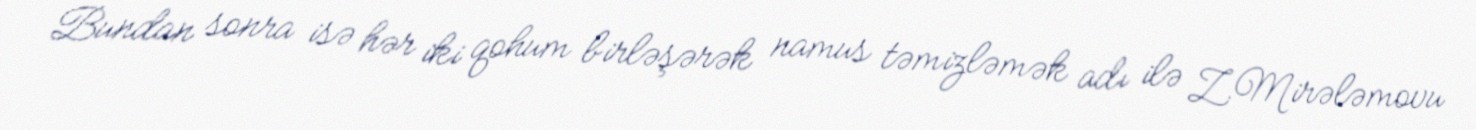
Bundan sonra isə hər iki qohum birləşərək namus təmizləmək adı ilə Z.Mirələmovu